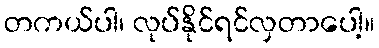
တကယ်ပါ၊ လုပ်နိုင်ရင်လှတာပေါ့။